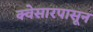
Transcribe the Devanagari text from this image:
क्वेसारपासून